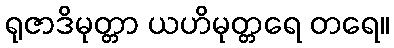
ရုဇာဒိမုတ္တာ ယဟိမုတ္တရေ တရေ။